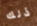
ذلك